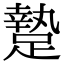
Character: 䠟